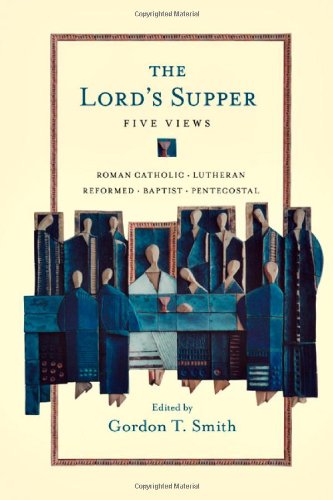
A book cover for The Lord's Supper: Five Views; Christian Books & Bibles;